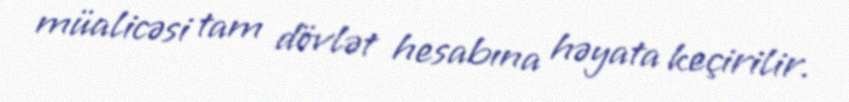
müalicəsi tam dövlət hesabına həyata keçirilir.